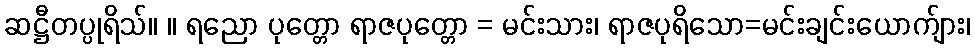
ဆဋ္ဌီတပ္ပုရိသ်။ ။ ရညော ပုတ္တော ရာဇပုတ္တော = မင်းသား၊ ရာဇပုရိသော=မင်းချင်းယောက်ျား၊